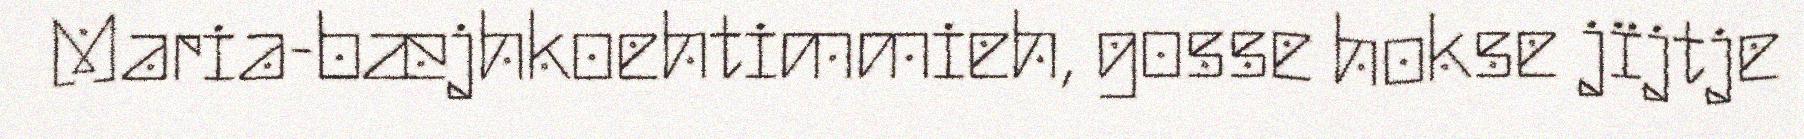
Maria-bæjhkoehtimmieh, gosse hokse jïjtje